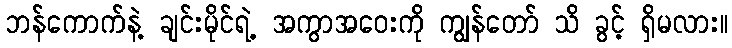
ဘန်ကောက်နဲ့ ချင်းမိုင်ရဲ့ အကွာအဝေးကို ကျွန်တော် သိ ခွင့် ရှိမလား။